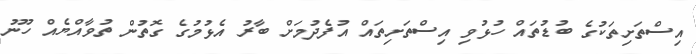
އިސްތަށިތަކުގެ ބުޑުތައް ހުޅުވި އިސްތަށިތައް އުފެދުމަށް ބާރު އެޅުމުގެ ގޮތުން ތުވާއްޔެއް ހޫނު